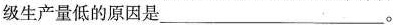
级生产量低的原因是___。